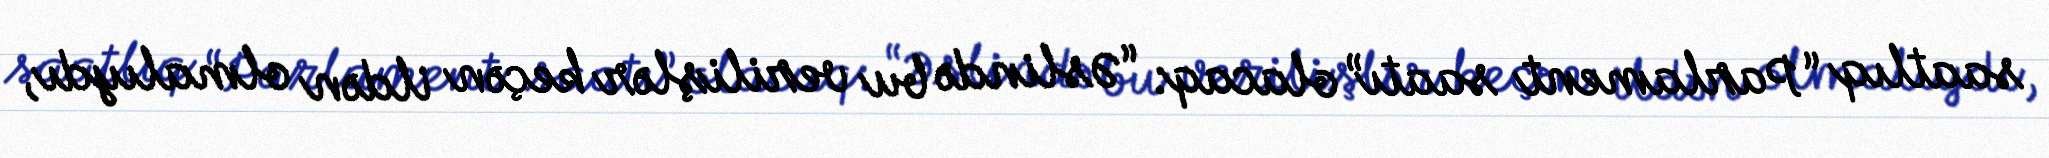
saatlıq “Parlament saatı” olacaq: “Əslində bu verilişlər keçən ildən olmalıydı,